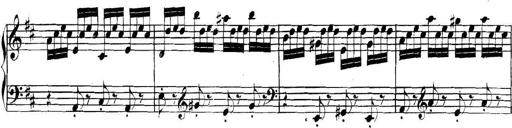
Title: Collected Piano Sonatas
Composer: Muzio Clementi